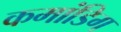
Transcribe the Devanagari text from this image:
कमांडिग